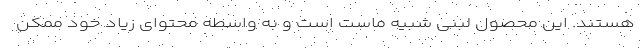
هستند. این محصول لبنی شبیه ماست است و به واسطه محتوای زیاد خود ممکن